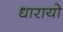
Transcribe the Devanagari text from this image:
धारायो